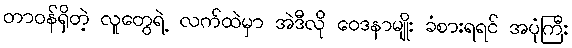
တာဝန်ရှိတဲ့ လူတွေရဲ့ လက်ထဲမှာ အဲဒီလို ဝေဒနာမျိုး ခံစားရရင် အပုံကြီး